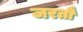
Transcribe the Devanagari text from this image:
जरतौ